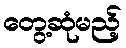
တွေ့ဆုံမည့်